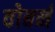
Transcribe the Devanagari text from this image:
वोबर्न